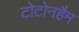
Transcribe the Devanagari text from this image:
टोटोनहैम